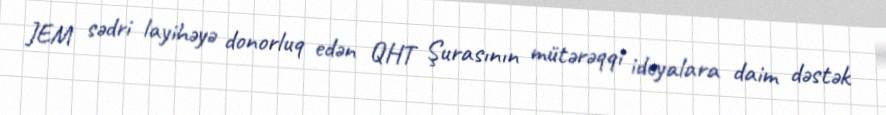
JEM sədri layihəyə donorluq edən QHT Şurasının mütərəqqi ideyalara daim dəstək